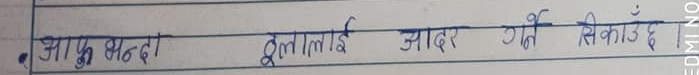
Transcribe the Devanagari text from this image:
आफू भन्दा ठूलालाई आदर गर्न सिकाउँदै।